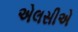
એલસીએ